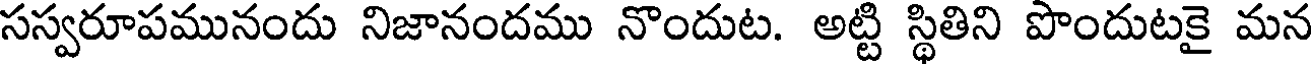
సస్వరూపమునందు నిజానందము నొందుట. అట్టి స్థితిని పొందుటకై మన